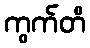
ကွက်တိ